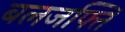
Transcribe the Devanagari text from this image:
बलजफ्ति